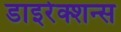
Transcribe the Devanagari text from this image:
डाइरेक्शन्स